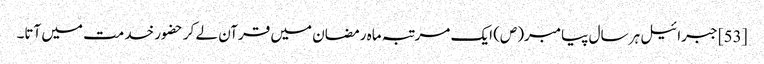
[53] جبرائیل ہر سال پیامبر(ص) ایک مرتبہ ماہ رمضان میں قرآن لے کر حضور خدمت میں آتا۔